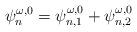
LaTeX: \begin{align*} \psi_n^{\omega,0}=\psi_{n,1}^{\omega,0}+\psi_{n,2}^{\omega,0}\end{align*}